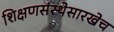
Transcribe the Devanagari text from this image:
शिक्षणसंस्थेसारखेच